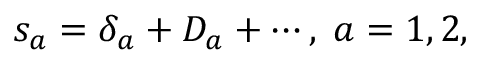
s _ { a } = \delta _ { a } + D _ { a } + \cdots , \; a = 1 , 2 ,